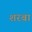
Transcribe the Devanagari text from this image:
शरबा